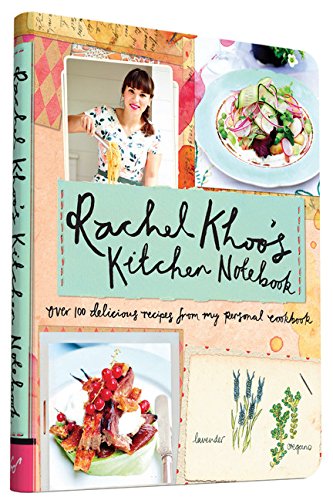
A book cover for Rachel Khoo's Kitchen Notebook: Over 100 Delicious Recipes from My Personal Cookbook; Rachel Khoo; Cookbooks, Food & Wine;